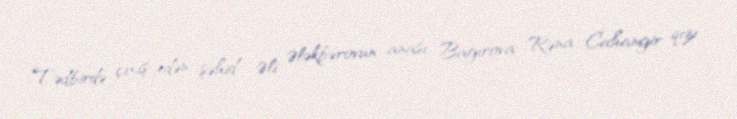
Tədbirdə çıxış edən şəhid Əli Ələkbərovun anası Bağırova Rəna Cahangir qızı